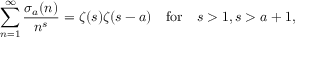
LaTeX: \sum _ { n = 1 } ^ { \infty } { \frac { \sigma _ { a } ( n ) } { n ^ { s } } } = \zeta ( s ) \zeta ( s - a ) \quad { \mathrm { f o r } } \quad s > 1 , s > a + 1 ,